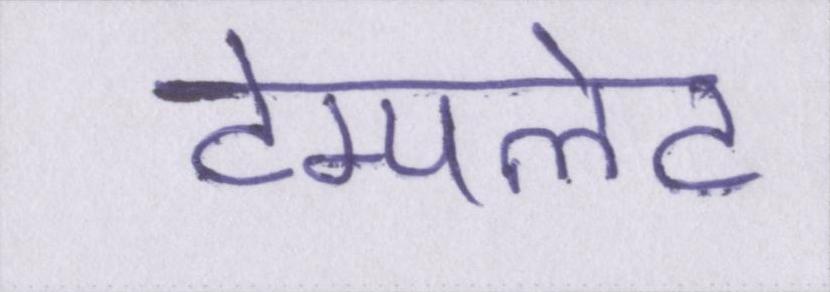
टेम्पलेट